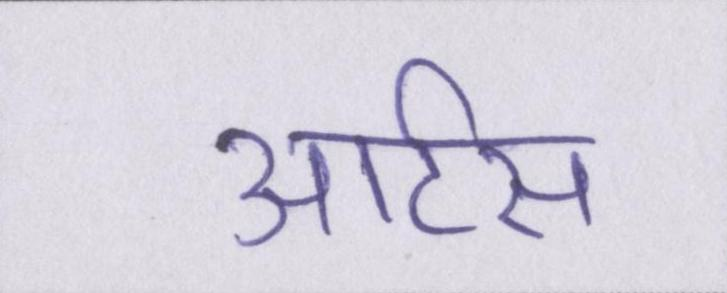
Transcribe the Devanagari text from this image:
आर्टस